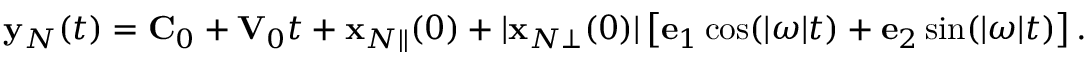
\begin{array} { r } { { \bf y } _ { N } ( t ) = { \bf C } _ { 0 } + { \bf V } _ { 0 } t + { \bf x } _ { N \Vert } ( 0 ) + | { \bf x } _ { N \bot } ( 0 ) | \left[ { \bf e } _ { 1 } \cos ( | \boldsymbol { \omega } | t ) + { \bf e } _ { 2 } \sin ( | \boldsymbol { \omega } | t ) \right] . } \end{array}